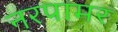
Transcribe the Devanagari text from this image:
नरपामर